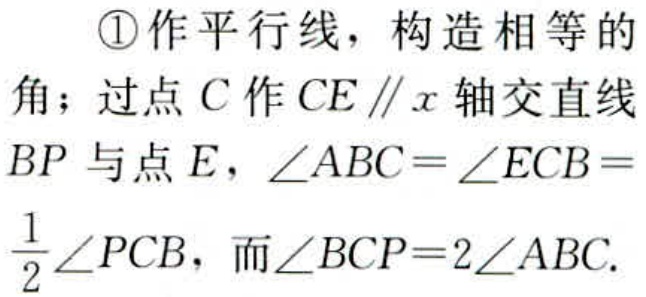
\textcircled{1}作平行线，构造相等的角；过点\(C\)作\(CE\parallel x\)轴交直线\(BP\)与点\(E\)，\(\angle ABC = \angle ECB=\frac{1}{2}\angle PCB\)，而\(\angle BCP = 2\angle ABC\).